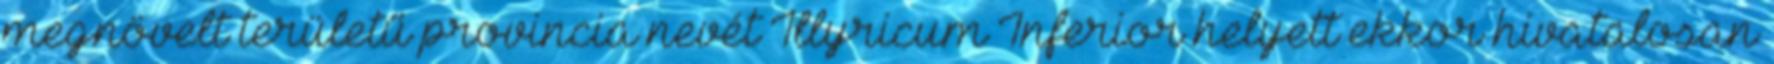
megnövelt területű provincia nevét Illyricum Inferior helyett ekkor hivatalosan